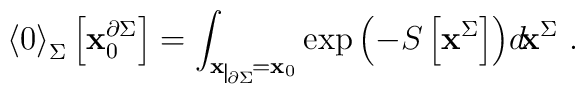
{\langle 0 \rangle}_{\Sigma}\left[{\bf x}_0^{\partial\Sigma}\right]=\int_{{\bf x}\nolinebreak\begin{picture}(10,3)(0,0)\setlength{\unitlength}{.5pt}\put(1,-7){\line(0,1){14}}\put(2,-7){$\scriptscriptstyle\partial\Sigma$}\end{picture}={\bf x}_0}\exp{\left(-S\left[{\bf x}^{\Sigma}\right]\right)}d\!{\bf x}^{\Sigma}\ .